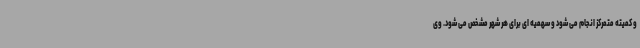
و کمیته متمرکز انجام می شود و سهمیه ای برای هر شهر مشخص می شود. وی